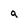
Character: a